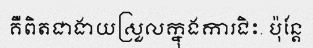
គឺពិតជាងាយស្រួលក្នុងការជិះ. ប៉ុន្តែ